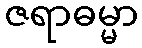
ဇရာဓမ္မာ